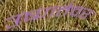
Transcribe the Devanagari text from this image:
उष्णतेवर